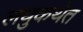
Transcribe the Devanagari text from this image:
लघुकथेत